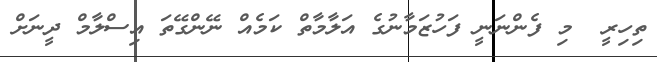
ތިހިރީ  މި ފެންނަނީ ފަހުޒަމާނުގެ އަލާމާތް ކަމެއް ނޭންގޭތަ އިސްލާމް ދީނަށް